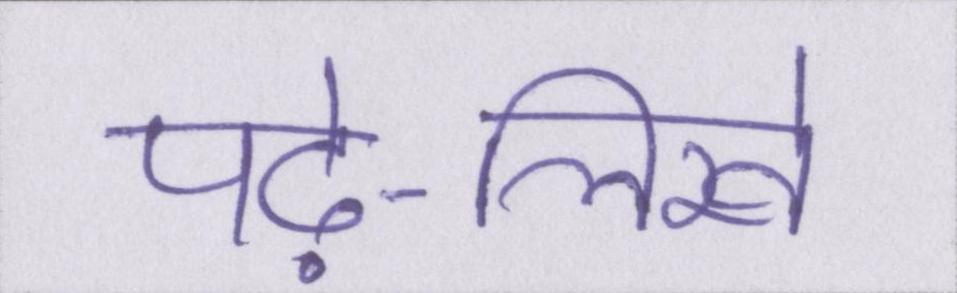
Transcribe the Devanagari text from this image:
पढ़े-लिखे